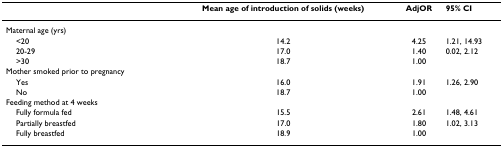
<table><thead><tr><td></td><td><b>Mean age of introduction of solids (weeks)</b></td><td><b>AdjOR</b></td><td><b>95% CI</b></td></tr></thead><tbody><tr><td>Maternal age (yrs)</td><td></td><td></td><td></td></tr><tr><td> &lt;20</td><td>14.2</td><td>4.25</td><td>1.21, 14.93</td></tr><tr><td> 20-29</td><td>17.0</td><td>1.40</td><td>0.02, 2.12</td></tr><tr><td> &gt;30</td><td>18.7</td><td>1.00</td><td></td></tr><tr><td>Mother smoked prior to pregnancy</td><td></td><td></td><td></td></tr><tr><td> Yes</td><td>16.0</td><td>1.91</td><td>1.26, 2.90</td></tr><tr><td> No</td><td>18.7</td><td>1.00</td><td></td></tr><tr><td>Feeding method at 4 weeks</td><td></td><td></td><td></td></tr><tr><td> Fully formula fed</td><td>15.5</td><td>2.61</td><td>1.48, 4.61</td></tr><tr><td> Partially breastfed</td><td>17.0</td><td>1.80</td><td>1.02, 3.13</td></tr><tr><td> Fully breastfed</td><td>18.9</td><td>1.00</td><td></td></tr></tbody></table>